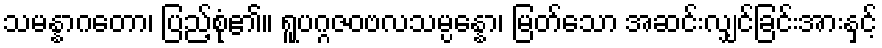
သမန္နာဂတော၊ ပြည့်စုံ၏။ ရူပဂ္ဂဇဝဗလသမ္ပန္နော၊ မြတ်သော အဆင်းလျှင်ခြင်းအားနှင့်